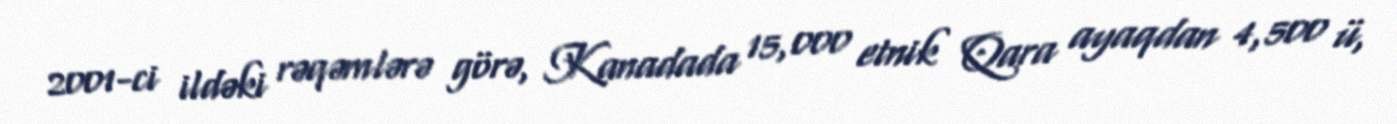
2001-ci ildəki rəqəmlərə görə, Kanadada 15,000 etnik Qara ayaqdan 4,500 ü,